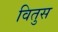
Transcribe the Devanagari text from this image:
वितुस